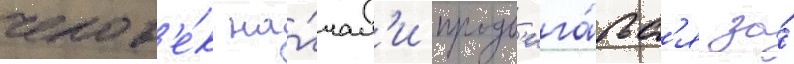
челов'е́к на́чал'и продв'ига́тьс'я за́